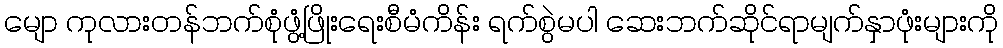
မျော ကုလားတန်ဘက်စုံဖွံ့ဖြိုးရေးစီမံကိန်း ရက်စွဲမပါ ဆေးဘက်ဆိုင်ရာမျက်နှာဖုံးများကို